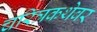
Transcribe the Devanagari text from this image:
चरित्रकथेवर